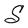
Character: S